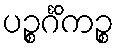
ပဉ္စင်္ဂိကဉ္စ